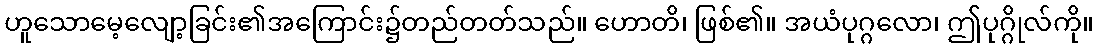
ဟူသောမေ့လျော့ခြင်း၏အကြောင်း၌တည်တတ်သည်။ ဟောတိ၊ ဖြစ်၏။ အယံပုဂ္ဂလော၊ ဤပုဂ္ဂိုလ်ကို။